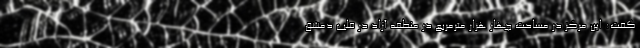
گفت: این مرکز در مساحت چهار هزار مترمربع در منطقه آزاد در قلب دمشق